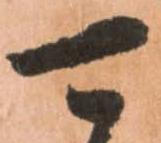
可